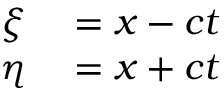
\begin{array} { r l } { \xi } & { { } = x - c t } \\ { \eta } & { { } = x + c t } \end{array}